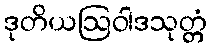
ဒုတိယဩဝါဒသုတ္တံ